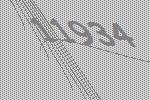
11934